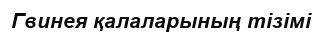
Гвинея қалаларының тізімі